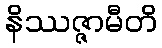
နိဿဇ္ဇာမီတိ